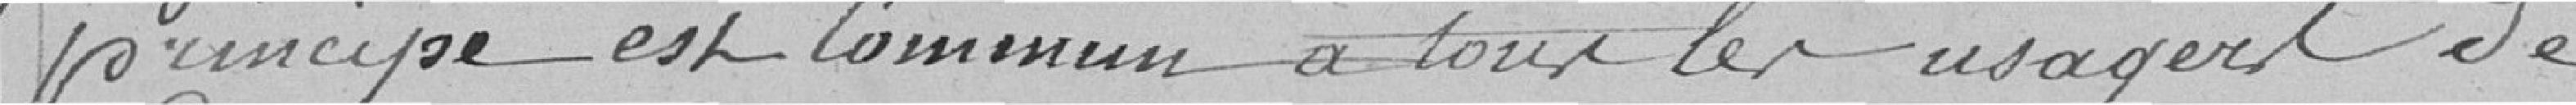
principe est commun à tous les usagers de